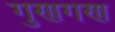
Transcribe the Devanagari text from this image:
गुणगण